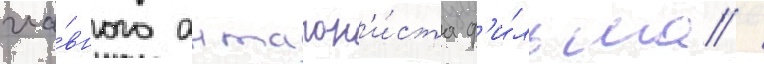
гла́вного антагон'и́ста ф'и́льма /